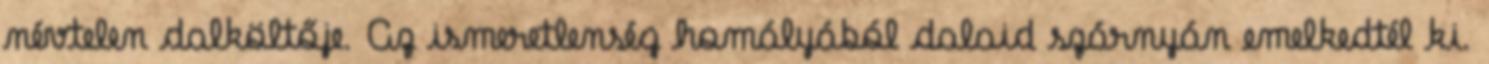
névtelen dalköltője. Az ismeretlenség homályából dalaid szárnyán emelkedtél ki.